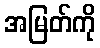
အမြတ်ကို